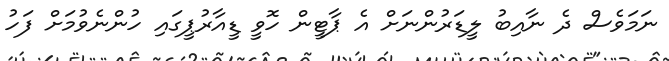
ނަމަވެސް ދެ ނާއިބު ލީޑަރުންނަށް އެ ޕާޓީން ހޮވީ ޑީއާރުޕީގައި ހުންނެވުމަށް ފަހު